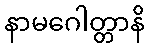
နာမဂေါတ္တာနိ